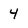
Character: 4